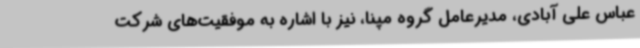
عباس علی آبادی، مدیرعامل گروه مپنا، نیز با اشاره به موفقیت‌های شرکت